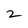
Character: 2